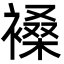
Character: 褬